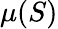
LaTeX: \mu(S)